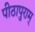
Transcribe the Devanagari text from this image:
पीठापुराम्‌